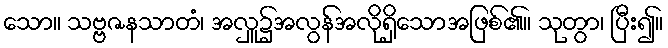
သော။ သဗ္ဗဇနသာတံ၊ အလှူ၌အလွန်အလိုရှိသောအဖြစ်၏။ သုတွာ၊ ပြီး၍။